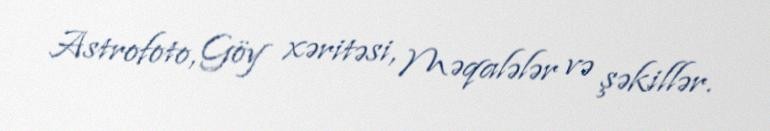
Astrofoto, Göy xəritəsi, Məqalələr və şəkillər.